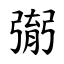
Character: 㣃